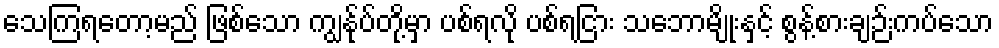
သေကြရတော့မည် ဖြစ်သော ကျွန်ုပ်တို့မှာ ပစ်ရလို ပစ်ရငြား သဘောမျိုးနှင့် စွန့်စားချဉ်းကပ်သော